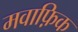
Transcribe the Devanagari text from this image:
मवाफ़िक